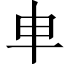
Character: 𠦆